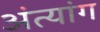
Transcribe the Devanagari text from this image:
अंत्यांग